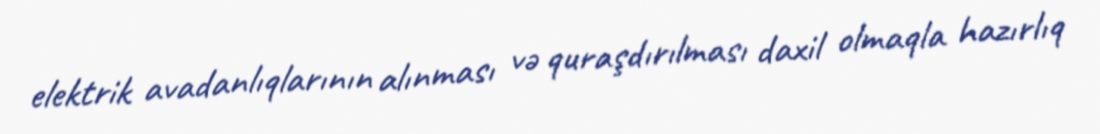
elektrik avadanlıqlarının alınması və quraşdırılması daxil olmaqla hazırlıq